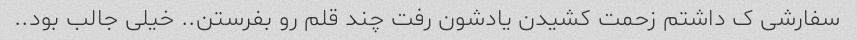
سفارشی ک داشتم زحمت کشیدن یادشون رفت چند قلم رو بفرستن.. خیلی جالب بود..